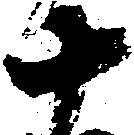
十